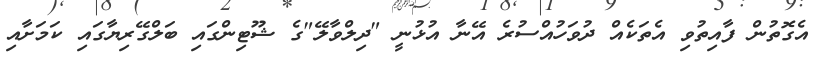
އެގޮތުން ފާއިތުވި އެތަކެއް ދުވަހުއްސުރެ އޭނާ އުޅުނީ "ދިލްވާލޭ"ގެ ޝޫޓިންގައި ބަލްގޭރިޔާގައި ކަމަށާއި